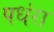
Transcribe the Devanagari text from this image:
पधंरा